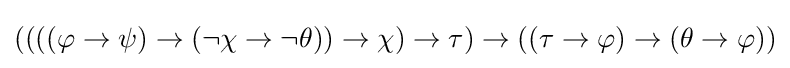
((((\varphi \to \psi )\to (\neg \chi \to \neg \theta ))\to \chi )\to \tau )\to ((\tau \to \varphi )\to (\theta \to \varphi ))